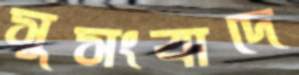
সুসংবাদে